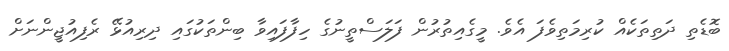
ބޮޑެތި ދަތިތަކެއް ކުރިމަތިވެފަ އެވެ. މީގެއިތުރުން ފަލަސްތީނުގެ ހިފާފައިވާ ބިންތަކުގައި ދިރިއުޅޭ ރެފިއުޖީންނަށް